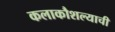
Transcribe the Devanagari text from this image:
कलाकौशल्याची